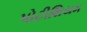
પોટીશિયમ